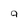
Character: 9